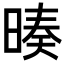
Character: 𣉅